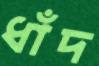
ধাঁদ